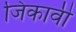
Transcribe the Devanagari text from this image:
जिंकावी